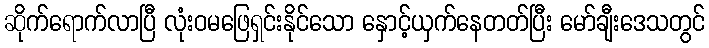
ဆိုက်ရောက်လာပြီ လုံးဝမဖြေရှင်းနိုင်သော နှောင့်ယှက်နေတတ်ပြီး မော်ချီးဒေသတွင်